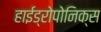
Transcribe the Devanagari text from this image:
हाईड्रोपोनिक्स